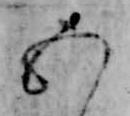
五